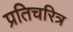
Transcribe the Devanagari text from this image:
प्रतिचरित्र